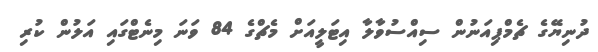
ދުނިޔޭގެ ޗެމްޕިއަނުން ސިއްސުވާލާ އިޓަލީއަށް މެޗްގެ 84 ވަނަ މިނެޓްގައި އަލުން ކުރި